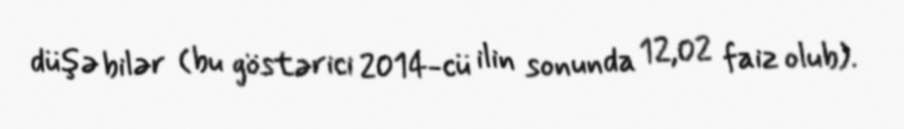
düşə bilər (bu göstərici 2014-cü ilin sonunda 12,02 faiz olub).